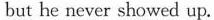
but he never showed up.